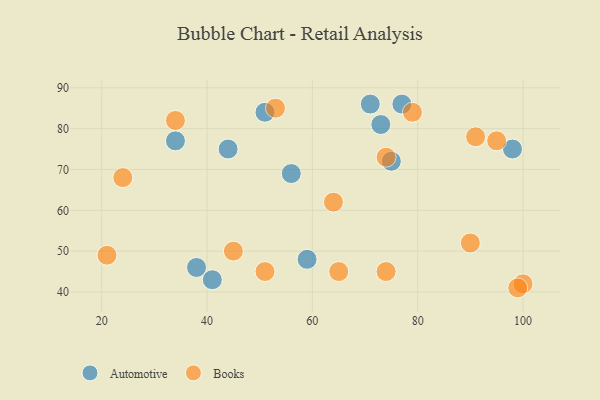
{"axis": {"x": "GDP", "y": "Life Expectancy"}, "legend": ["Automotive", "Books"], "data": [{"x": "98", "y": 75, "type": "Automotive"}, {"x": "71", "y": 86, "type": "Automotive"}, {"x": "41", "y": 43, "type": "Automotive"}, {"x": "56", "y": 69, "type": "Automotive"}, {"x": "44", "y": 75, "type": "Automotive"}, {"x": "59", "y": 48, "type": "Automotive"}, {"x": "38", "y": 46, "type": "Automotive"}, {"x": "34", "y": 77, "type": "Automotive"}, {"x": "51", "y": 84, "type": "Automotive"}, {"x": "77", "y": 86, "type": "Automotive"}, {"x": "75", "y": 72, "type": "Automotive"}, {"x": "73", "y": 81, "type": "Automotive"}, {"x": "95", "y": 77, "type": "Books"}, {"x": "74", "y": 45, "type": "Books"}, {"x": "64", "y": 62, "type": "Books"}, {"x": "100", "y": 42, "type": "Books"}, {"x": "45", "y": 50, "type": "Books"}, {"x": "90", "y": 52, "type": "Books"}, {"x": "21", "y": 49, "type": "Books"}, {"x": "53", "y": 85, "type": "Books"}, {"x": "79", "y": 84, "type": "Books"}, {"x": "24", "y": 68, "type": "Books"}, {"x": "51", "y": 45, "type": "Books"}, {"x": "65", "y": 45, "type": "Books"}, {"x": "74", "y": 73, "type": "Books"}, {"x": "91", "y": 78, "type": "Books"}, {"x": "34", "y": 82, "type": "Books"}, {"x": "99", "y": 41, "type": "Books"}]}